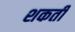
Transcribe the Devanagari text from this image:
शकती